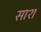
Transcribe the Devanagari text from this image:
साश